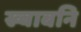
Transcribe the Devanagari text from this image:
ख्वाबनि